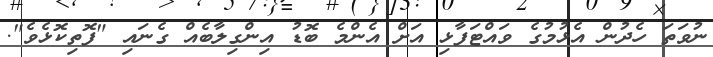
ނުވަތަ ހެދުން އެޅުމުގެ ވައްޓަފާޅި އަށް އެންމެ ބޮޑު އިންގިލާބެއް ގެނައި "ފޮތިކޮޅެވެ".